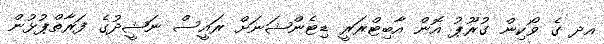
އދ ގެ ވޯކިން ގުރޫޕު އޮން އާބިޓްރަރީ ޑިޓެންޝަނަށް ރައީސް ނަޝީދުގެ ފަރާތްޕުޅުން